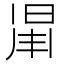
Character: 𣇑